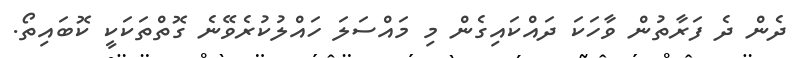
ދެން ދެ ފަރާތުން ވާހަކަ ދައްކައިގެން މި މައްސަލަ ހައްލުކުރެވޭނެ ގޮތްތަކަކީ ކޮބައިތޯ.